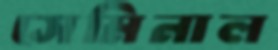
সেমিনাল